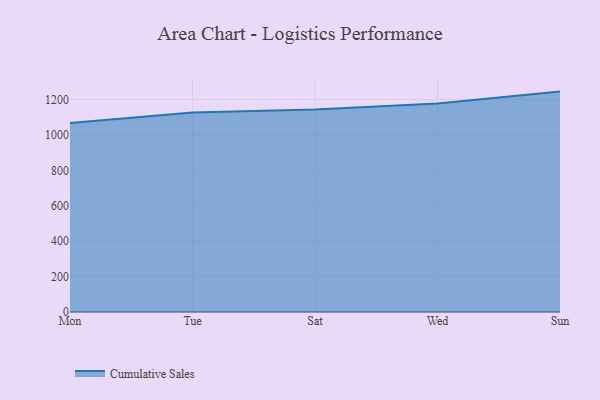
{"axis": {"x": "Day", "y": "Population (Million)"}, "legend": ["Cumulative Sales"], "data": [{"x": "Mon", "y": 1067.8, "type": "Cumulative Sales"}, {"x": "Tue", "y": 1126.8, "type": "Cumulative Sales"}, {"x": "Sat", "y": 1143.1, "type": "Cumulative Sales"}, {"x": "Wed", "y": 1176.7, "type": "Cumulative Sales"}, {"x": "Sun", "y": 1244.5, "type": "Cumulative Sales"}]}